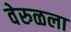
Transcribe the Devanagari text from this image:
वेरुळला